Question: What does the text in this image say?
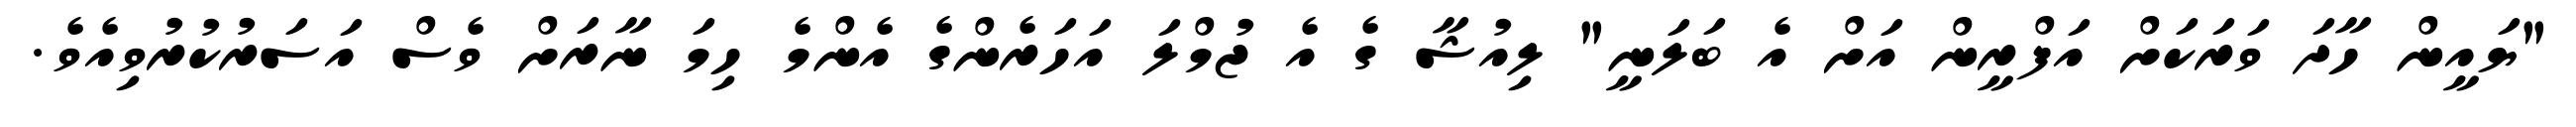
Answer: "ޔައީން ހާދަ ވަރަކަށް އަފްރީން އަށް އެ ބަލަނީ" ލިއުޝާ ގެ އެ ޖުމްލަ އަހަރެންގެ އެންމެ ހިމަ ނާރަށް ވެސް އަސަރުކުރުވިއެވެ.